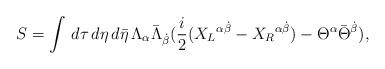
LaTeX: \begin{align*}S=\int\,d\tau\,d\eta\,d{\bar{\eta}}\,\Lambda_{\alpha}{\bar{\Lambda}}_{\dot{\beta}}({i\over2}({X_{L}}^{\alpha\dot{\beta}}-{X_{R}}^{\alpha\dot{\beta}})-\Theta^{\alpha}{\bar{\Theta}}^{\dot{\beta}}),\end{align*}